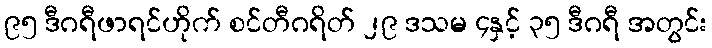
၉၅ ဒီဂရီဖာရင်ဟိုက် စင်တီဂရိတ် ၂၉ ဒသမ ၄နှင့် ၃၅ ဒီဂရီ အတွင်း